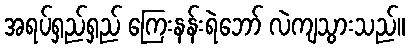
အရပ်ရှည်ရှည် ကြေးနန်းရဲဘော် လဲကျသွားသည်။